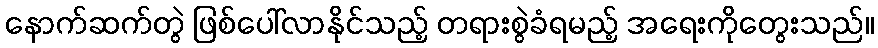
နောက်ဆက်တွဲ ဖြစ်ပေါ်လာနိုင်သည့် တရားစွဲခံရမည့် အရေးကိုတွေးသည်။